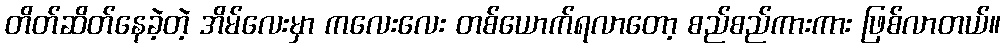
တိတ်ဆိတ်နေခဲ့တဲ့ အိမ်လေးမှာ ကလေးလေး တစ်ယောက်ရလာတော့ စည်စည်ကားကား ဖြစ်လာတယ်။